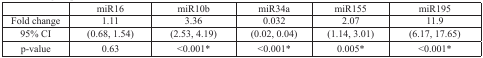
<table><thead><tr><td></td><td><b>miR16</b></td><td><b>miR10b</b></td><td><b>miR34a</b></td><td><b>miR155</b></td><td><b>miR195</b></td></tr></thead><tbody><tr><td>Fold change</td><td>1.11</td><td>3.36</td><td>0.032</td><td>2.07</td><td>11.9</td></tr><tr><td>95% CI</td><td>(0.68, 1.54)</td><td>(2.53, 4.19)</td><td>(0.02, 0.04)</td><td>(1.14, 3.01)</td><td>(6.17, 17.65)</td></tr><tr><td>p-value</td><td>0.63</td><td>&lt;0.001*</td><td>&lt;0.001*</td><td>0.005*</td><td>&lt;0.001*</td></tr></tbody></table>